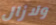
ولازال